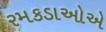
રમકડાઓએ